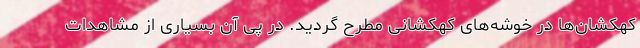
کهکشان‌ها در خوشه‌های کهکشانی مطرح گردید. در پی آن بسیاری از مشاهدات